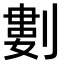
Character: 𠞭